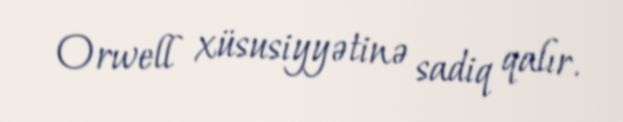
Orwell xüsusiyyətinə sadiq qalır.